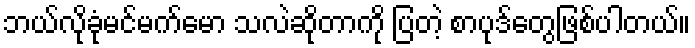
ဘယ်လိုခုံမင်မက်မော သလဲဆိုတာကို ပြတဲ့ စာပုဒ်တွေဖြစ်ပါတယ်။